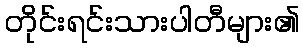
တိုင်းရင်းသားပါတီများ၏